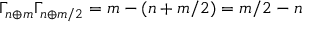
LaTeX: \Gamma _ { n \oplus m } \Gamma _ { n \oplus m / 2 } = m - ( n + m / 2 ) = m / 2 - n